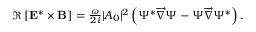
\begin{array} { r } { \Re \left[ { \bf E } ^ { * } \times { \bf B } \right] = \frac { \omega } { 2 i } | A _ { 0 } | ^ { 2 } \left( \Psi ^ { * } \overrightarrow { \nabla } \Psi - \Psi \overrightarrow { \nabla } \Psi ^ { * } \right) . } \end{array}